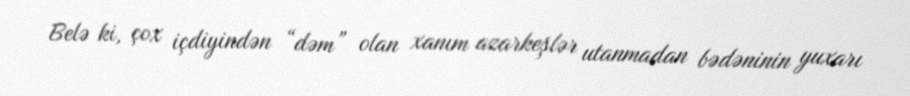
Belə ki, çox içdiyindən “dəm” olan xanım azarkeşlər utanmadan bədəninin yuxarı